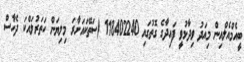
ބީއެމްއެލްއިން މިއަދު ވިދާޅުވީ ފައިދާގެ ގޮތުގައި 118402240 (ސަތޭކައަށާރަ މިލިޔަން ހަތަރުލައްކަ ދެހާސް